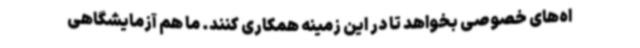
اه‌های خصوصی بخواهد تا در این زمینه همکاری کنند. ما هم آزمایشگاهی